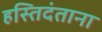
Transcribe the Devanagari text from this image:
हस्तिदंताना